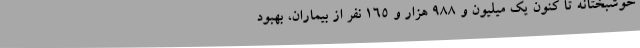
خوشبختانه تا کنون یک میلیون و ۹۸۸ هزار و ۱۶۵ نفر از بیماران، بهبود